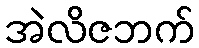
အဲလိဇဘက်